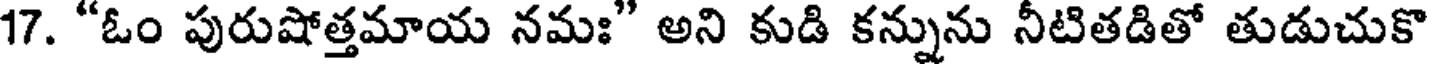
17. "ఓం పురుషోత్తమాయ నమః" అని కుడి కన్నును నీటితడితో తుడుచుకొ